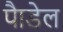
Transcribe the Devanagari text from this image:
पैाडेल